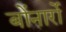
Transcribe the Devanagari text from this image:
बोंनार्रो